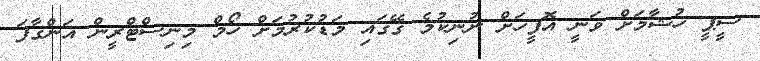
ސީޕީ ހުޝާމަށް ވަނީ އޮފީހަށް ނުނިކުމެ ގޭގައި މަޑުކުރުމަށް ހޯމް މިނިސްޓްރީން އަންގާފަ